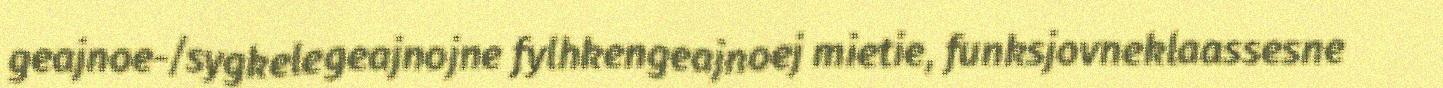
geajnoe-/sygkelegeajnojne fylhkengeajnoej mietie, funksjovneklaassesne